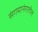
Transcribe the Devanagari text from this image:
संगमानेरातील